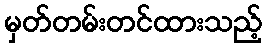
မှတ်တမ်းတင်ထားသည့်